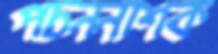
পচননাশক